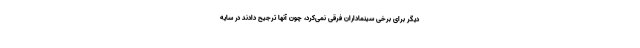
دیگر برای برخی سینماداران فرقی نمی‌کرد، چون آنها ترجیح دادند در سایه